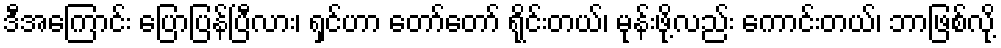
ဒီအကြောင်း ပြောပြန်ပြီလား၊ ရှင်ဟာ တော်တော် ရိုင်းတယ်၊ မုန်းဖို့လည်း ကောင်းတယ်၊ ဘာဖြစ်လို့